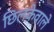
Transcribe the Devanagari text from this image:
छिलकेवाले